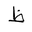
Letter: _za